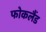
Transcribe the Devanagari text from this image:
फोकलैंड